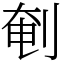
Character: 剦